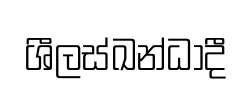
ශීලස්ඛන්ධාදී